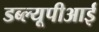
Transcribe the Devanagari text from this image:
डब्ल्यूपीआई